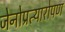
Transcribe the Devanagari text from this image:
जेनोप्रत्यारोपण